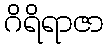
ဂိရိရာဇာ